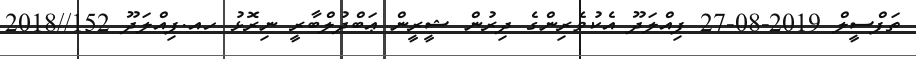
ތަފްސީލް 2019-08-27 ފިއްލަދޫ އެކުވެރިންގެ ދިރުން ޝީރީން ޢަބްދުލްބާރީ ނިރޮޅު ހއ.ފިއްލަދޫ 152//2018